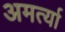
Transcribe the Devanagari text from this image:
अमर्त्या